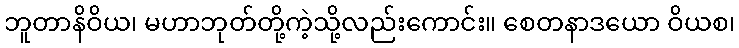
ဘူတာနိဝိယ၊ မဟာဘုတ်တို့ကဲ့သို့လည်းကောင်း။ စေတနာဒယော ဝိယစ၊